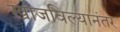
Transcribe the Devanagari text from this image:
खाजविल्यानंतर